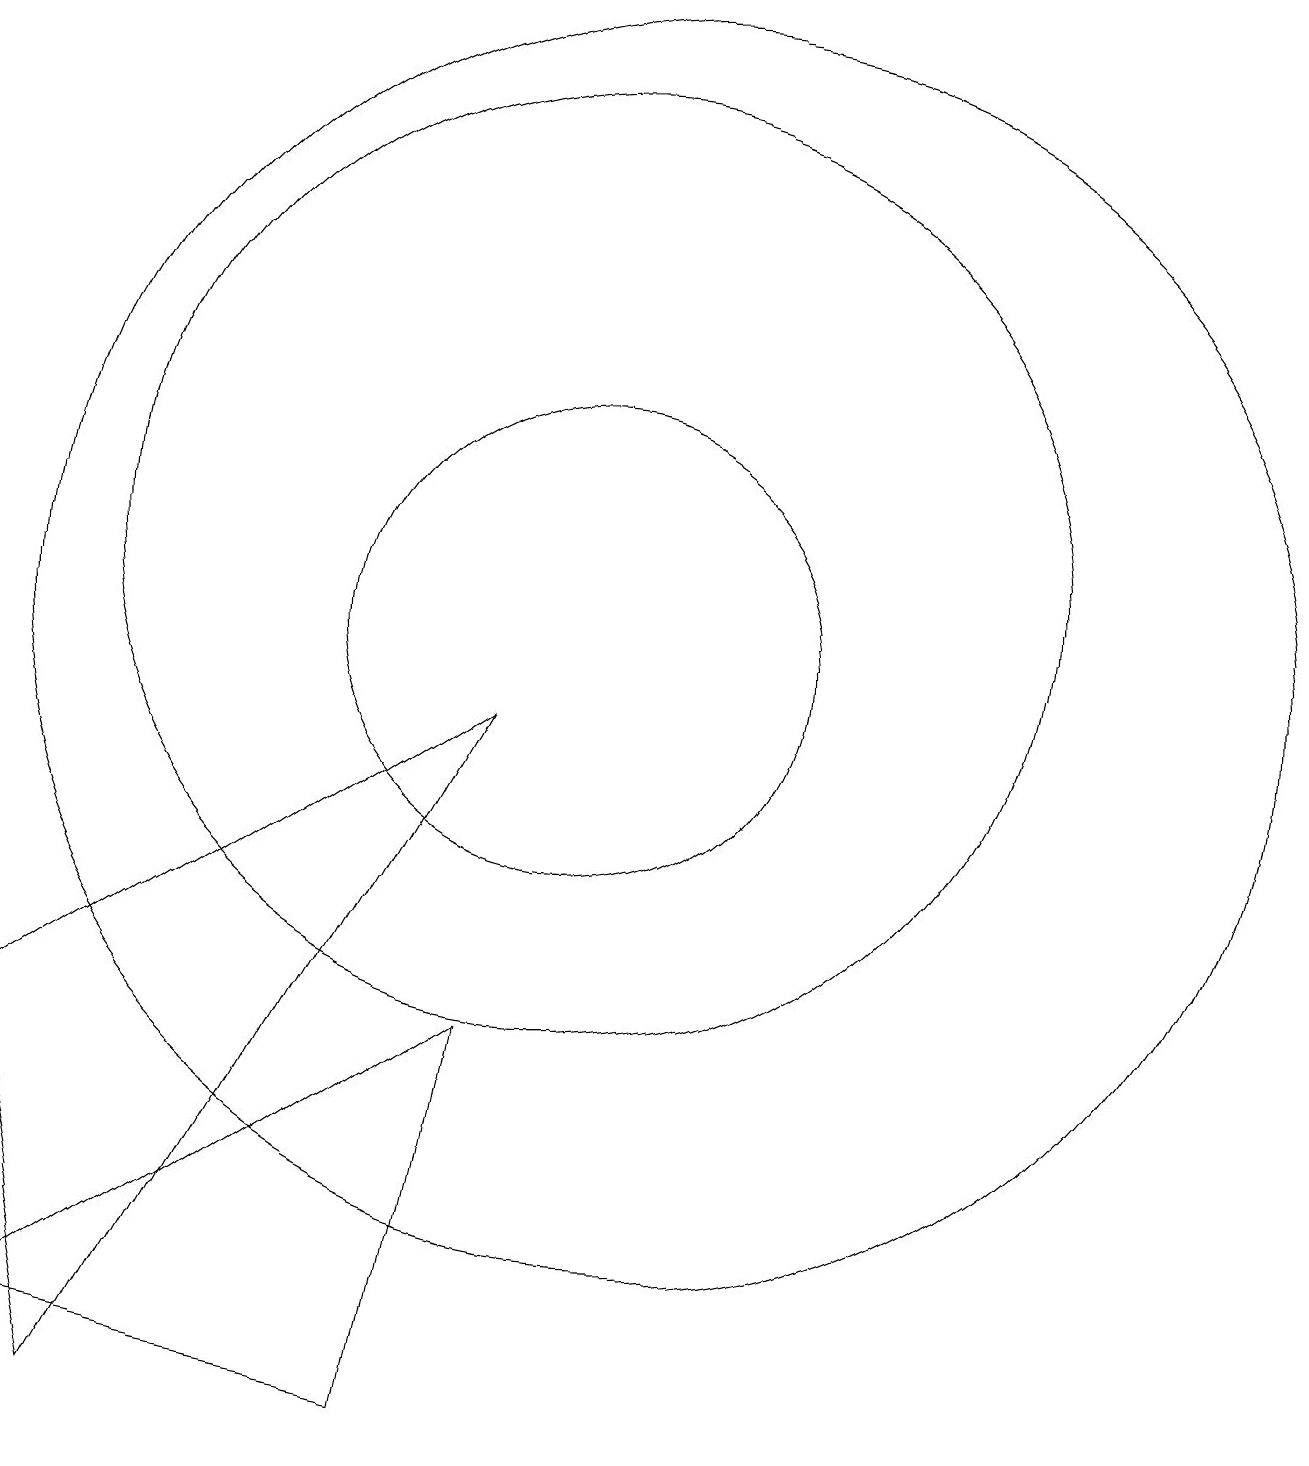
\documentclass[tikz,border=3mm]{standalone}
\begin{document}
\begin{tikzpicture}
\draw (10,11) circle (6);
\draw (8,0) -- (9,5) -- (3,1) -- cycle;
\draw (10,10) circle (3);
\draw (11,10) circle (8);
\draw (4,0) -- (3,5) -- (9,9) -- cycle;
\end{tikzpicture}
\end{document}